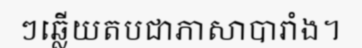
ៗឆ្លើយតបជាភាសាបារាំង។